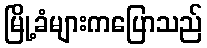
မြို့ခံများကပြောသည်